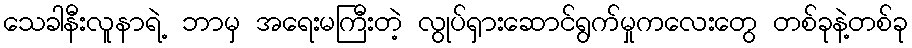
သေခါနီးလူနာရဲ့ ဘာမှ အရေးမကြီးတဲ့ လွုပ်ရှားဆောင်ရွက်မှုကလေးတွေ တစ်ခုနဲ့တစ်ခု